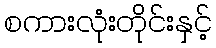
စကားလုံးတိုင်းနှင့်